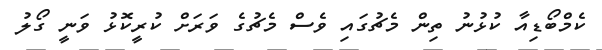
ކެމްބޯޑިއާ ކުޅުނު ތިން މެޗުގައި ވެސް މެޗުގެ ވަރަށް ކުރީކޮޅު ވަނީ ގޯލު